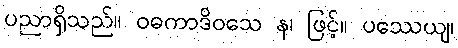
ပညာရှိသည်။ ဝဓကာဒိဝသေ န၊ ဖြင့်။ ပဿေယျ၊